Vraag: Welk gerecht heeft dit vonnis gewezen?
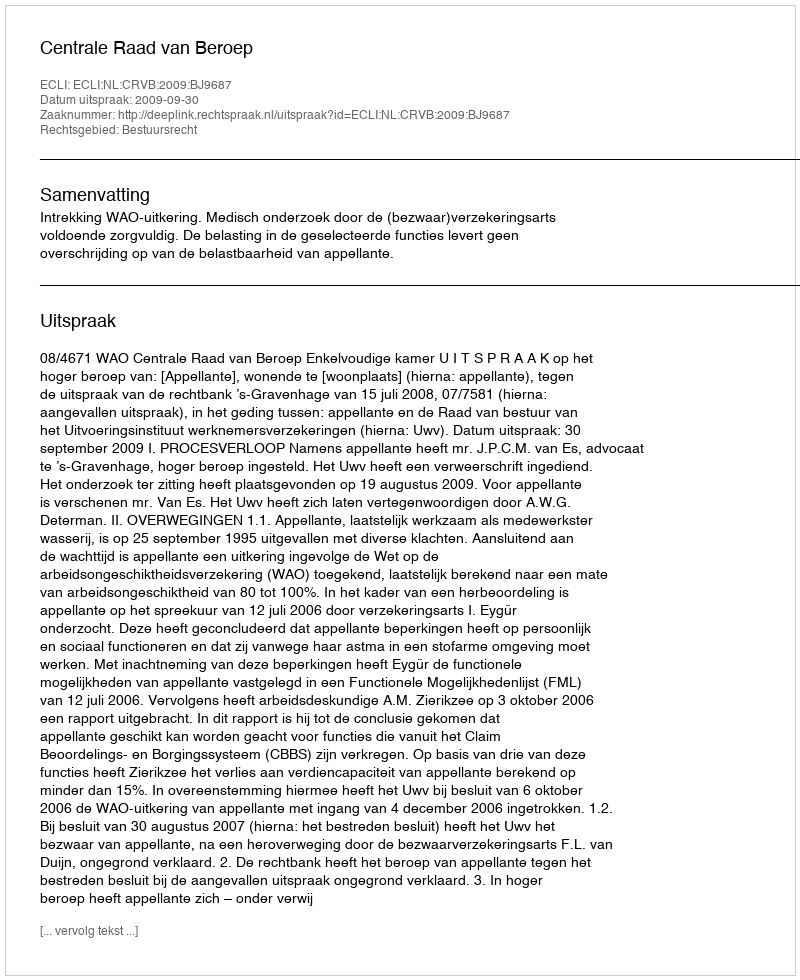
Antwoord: Centrale Raad van Beroep